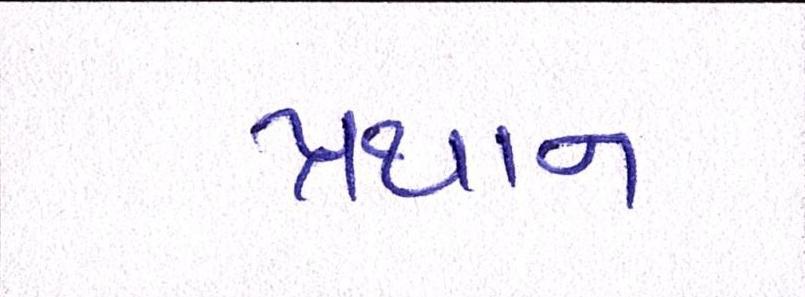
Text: પ્રથાન